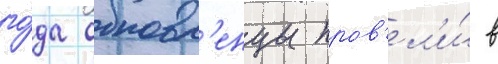
го́да обновл'енцы пров'ел'и́ в